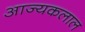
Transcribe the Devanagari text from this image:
आज्यकलाल